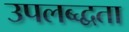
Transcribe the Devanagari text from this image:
उपलब्द्धता